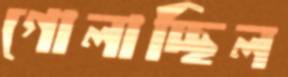
গোলাচ্ছিল